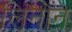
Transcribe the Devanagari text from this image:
लिनोन